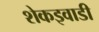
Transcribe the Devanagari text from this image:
शेकइवाडी